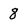
Character: 8